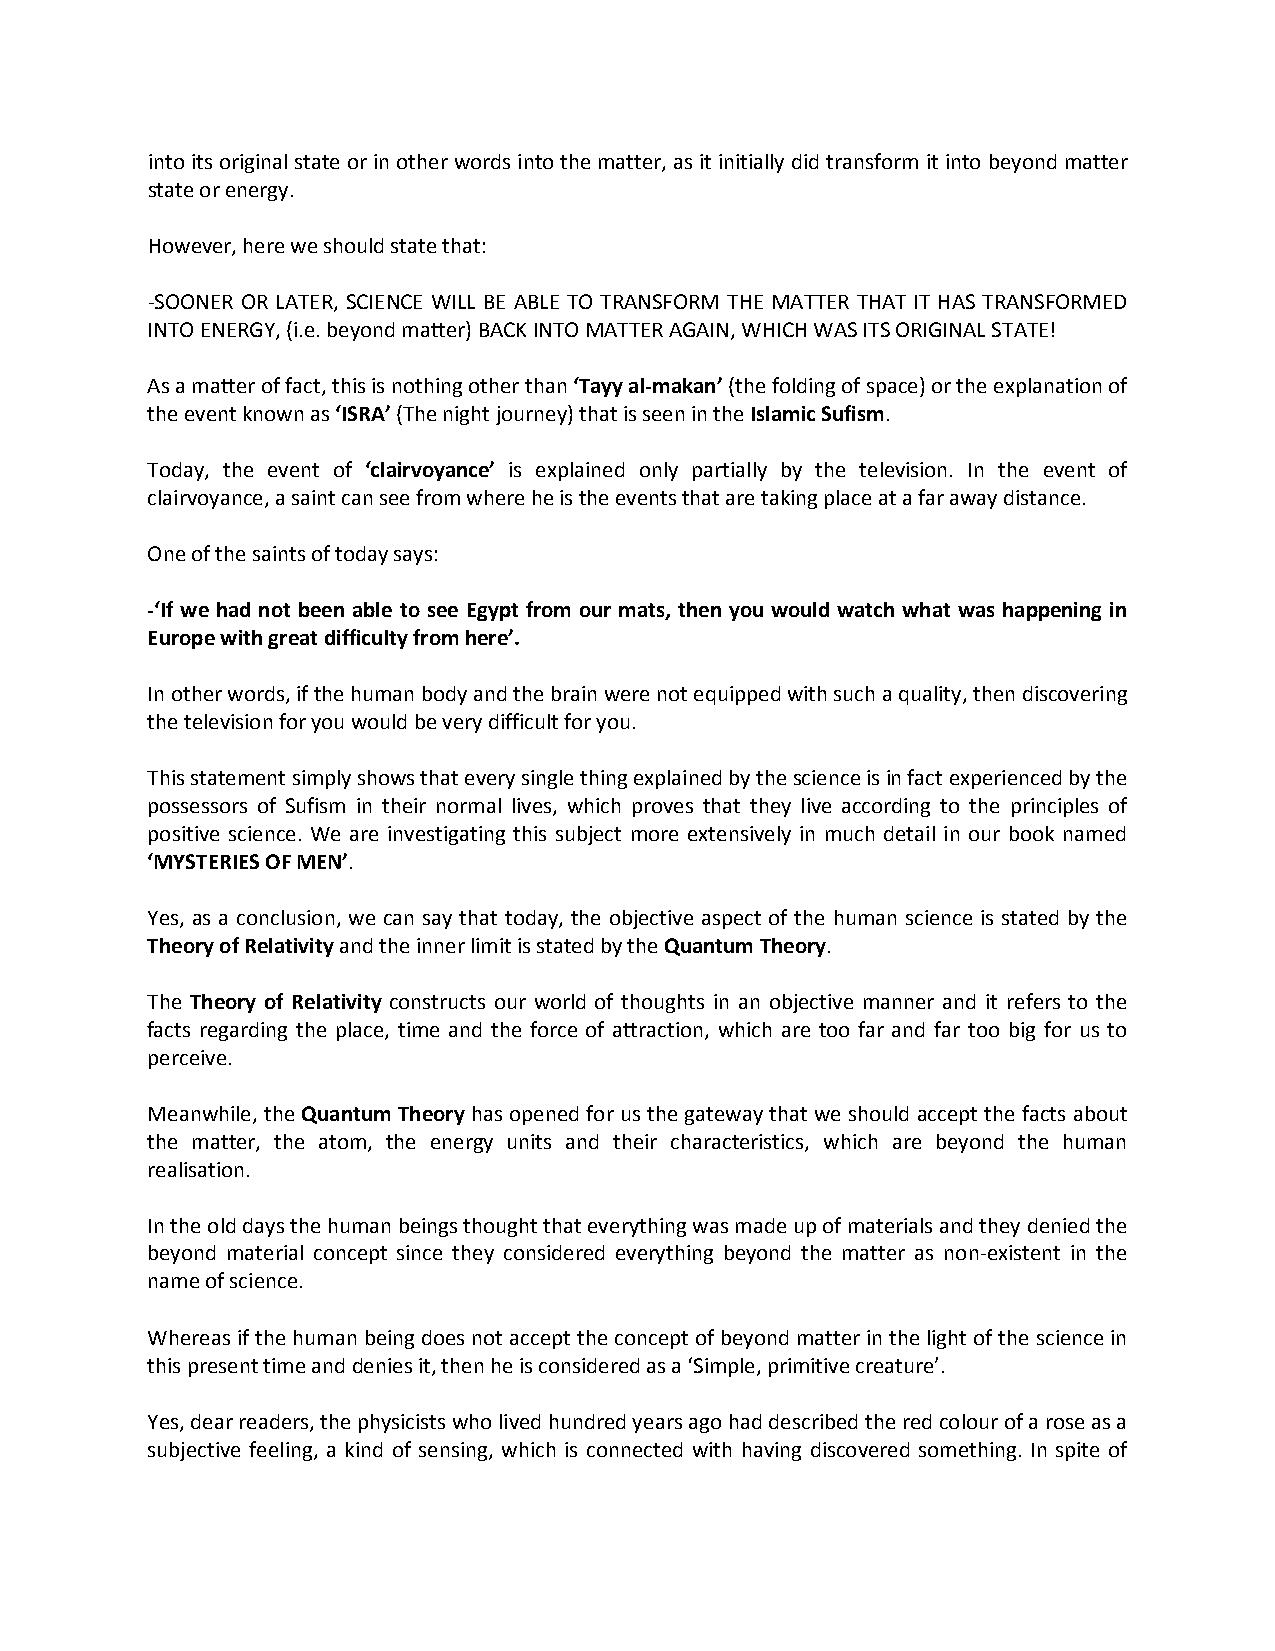
into its original state or in other words into the matter, as it initially did transform it into beyond matter
 state or energy.
 However, here we should state that:
 -SOONER OR LATER, SCIENCE WILL BE ABLE TO TRANSFORM THE MATTER THAT IT HAS TRANSFORMED
 INTO ENERGY, (i.e. beyond matter) BACK INTO MATTER AGAIN, WHICH WAS ITS ORIGINAL STATE!
 As a matter of fact, this is nothing other than ‘Tayy al-makan’ (the folding of space) or the explanation of
 the event known as ‘ISRA’ (The night journey) that is seen in the Islamic Sufism.
 Today, the event of ‘clairvoyance’ is explained only partially by the television. In the event of
 clairvoyance, a saint can see from where he is the events that are taking place at a far away distance.
 One of the saints of today says:
 -‘If we had not been able to see Egypt from our mats, then you would watch what was happening in
 Europe with great difficulty from here’.
 In other words, if the human body and the brain were not equipped with such a quality, then discovering
 the television for you would be very difficult for you.
 This statement simply shows that every single thing explained by the science is in fact experienced by the
 possessors of Sufism in their normal lives, which proves that they live according to the principles of
 positive science. We are investigating this subject more extensively in much detail in our book named
 ‘MYSTERIES OF MEN’.
 Yes, as a conclusion, we can say that today, the objective aspect of the human science is stated by the
 Theory of Relativity and the inner limit is stated by the Quantum Theory.
 The Theory of Relativity constructs our world of thoughts in an objective manner and it refers to the
 facts regarding the place, time and the force of attraction, which are too far and far too big for us to
 perceive.
 Meanwhile, the Quantum Theory has opened for us the gateway that we should accept the facts about
 the matter, the atom, the energy units and their characteristics, which are beyond the human
 realisation.
 In the old days the human beings thought that everything was made up of materials and they denied the
 beyond material concept since they considered everything beyond the matter as non-existent in the
 name of science.
 Whereas if the human being does not accept the concept of beyond matter in the light of the science in
 this present time and denies it, then he is considered as a ‘Simple, primitive creature’.
 Yes, dear readers, the physicists who lived hundred years ago had described the red colour of a rose as a
 subjective feeling, a kind of sensing, which is connected with having discovered something. In spite of